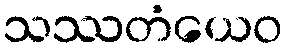
သဿတံယေဝ